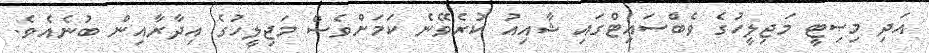
އަދި މިސިޓީ މަޖިލީހުގެ ވެބްސައިޓްގައި ޝާއިއު ކުރެވޭނެ ކަމަށްވެސް މަޖިލީހުގެ އިދާރާއިން ބުނެއެވެ.